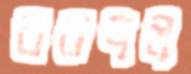
বরদল